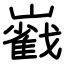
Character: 巀